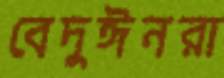
বেদুঈনরা